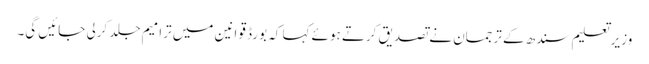
وزیرتعلیم سندھ کے ترجمان نے تصدیق کرتے ہوئے کہا کہ بورڈ قوانین میں ترامیم جلد کرلی جائیں گی۔